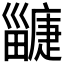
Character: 𤳲